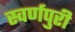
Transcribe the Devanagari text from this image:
स्वर्णपुरी